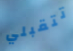
تتقبلي